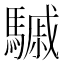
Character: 𩥼